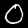
Digit: 0